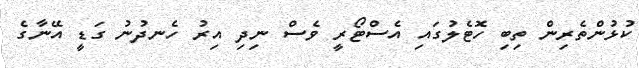
ކުޅުންތެރިން ތިބި ހޮޓެލުގައި އެސްޓޯރީ ވެސް ނިދި އިރު ހެނދުނު ގަޑީ އޭނާގެ